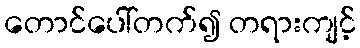
တောင်ပေါ်တက်၍ တရားကျင့်